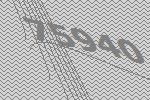
75940